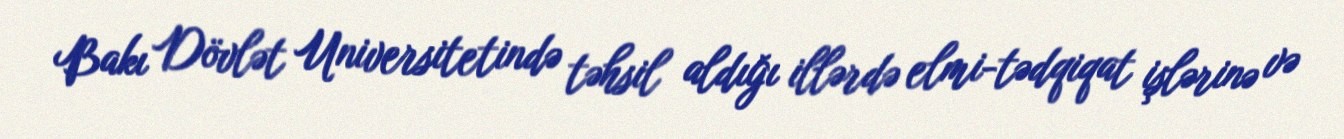
Bakı Dövlət Universitetində təhsil aldığı illərdə elmi-tədqiqat işlərinə və